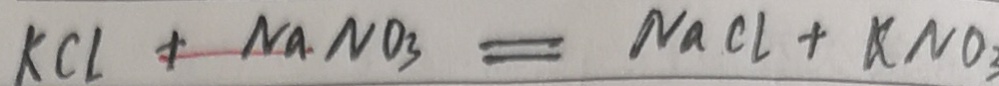
K C l + N a N O _ { 3 } = N a C l + K N O _ { 3 }